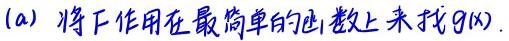
(a) 将$F$作用在最简单的函数上来找$g(x).$